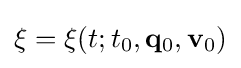
\xi =\xi (t;t_{0},\mathbf {q} _{0},\mathbf {v} _{0})